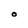
Character: O